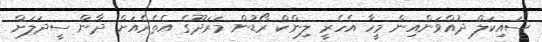
ސައިކަލް ދުއްވަންއިން މީހާ އެހެރީ ލިންކް ރޯޑުން މަރަދޫގެ އެތެރެއަށް ދާން ސީދަލަށް